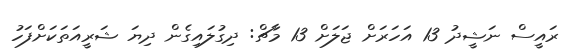
ރައީސް ނަޝީދު 13 އަހަރަށް ޖަލަށް 13 މާޗް: ދިގުލައިގެން ދިޔަ ޝަރީއަތަކަށްފަހު